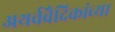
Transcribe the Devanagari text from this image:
अथर्ववैदिकांच्या